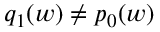
q _ { 1 } ( w ) \neq p _ { 0 } ( w )